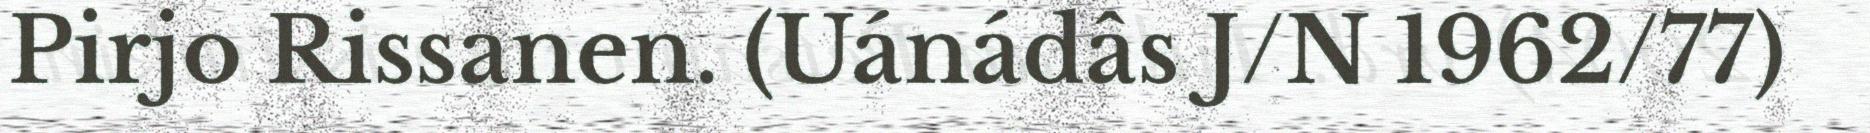
Pirjo Rissanen. (Uánádâs J/N 1962/77)